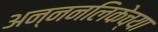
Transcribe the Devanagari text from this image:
अन्ननलिकेच्या